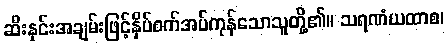
ဆီးနှင်းအချမ်းဖြင့်နှိပ်စက်အပ်ကုန်သောသူတို့၏။ သရဏံယထာစ၊